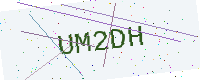
Text: UM2DH